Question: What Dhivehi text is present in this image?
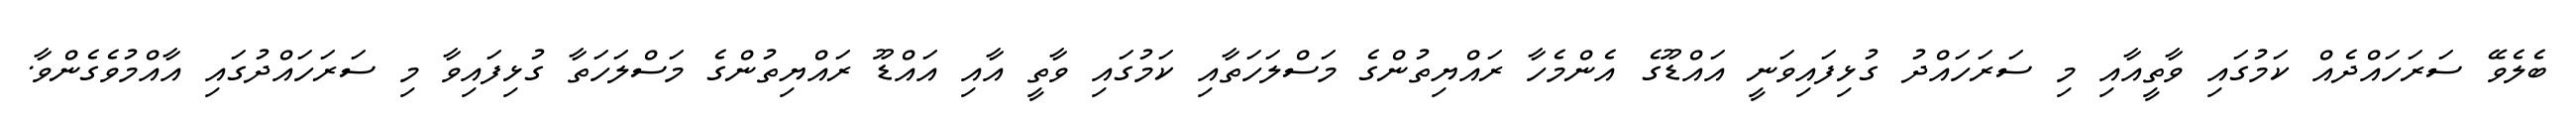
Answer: ބެލެވޭ ސަރަހައްދެއް ކަމުގައި ވާތީއާއި މި ސަރަހައްދު ގުޅިފައިވަނީ އައްޑޫގެ އެންމެހާ ރައްޔިތުންގެ މަސްލަހަތާއި ކަމުގައި ވާތީ އާއި އައްޑޫ ރައްޔިތުންގެ މަސްލަހަތާ ގުޅިފައިވާ މި ސަރަހައްދުގައި އާއްމުވެގެންވާ.